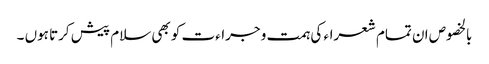
بالخصوص ان تمام شعراء کی ہمت و جراءت کو بھی سلام پیش کرتا ہوں ۔